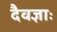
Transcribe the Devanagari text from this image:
दैवज्ञाः